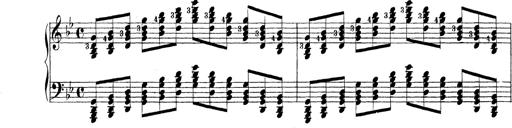
Title: Technische Studien
Composer: Franz Liszt